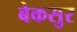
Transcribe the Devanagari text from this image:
बेकसुर